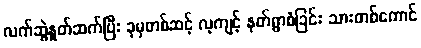
လက်ဆွဲနှုတ်ဆက်ပြီး ခုမှတစ်ဆင့် လ့ကျင့် နတ်ရွာစံခြင်း သားတစ်ကောင်